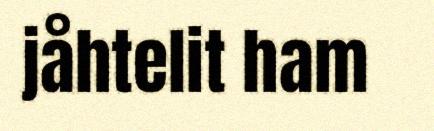
jåhtelit ham